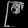
Digit: ၉